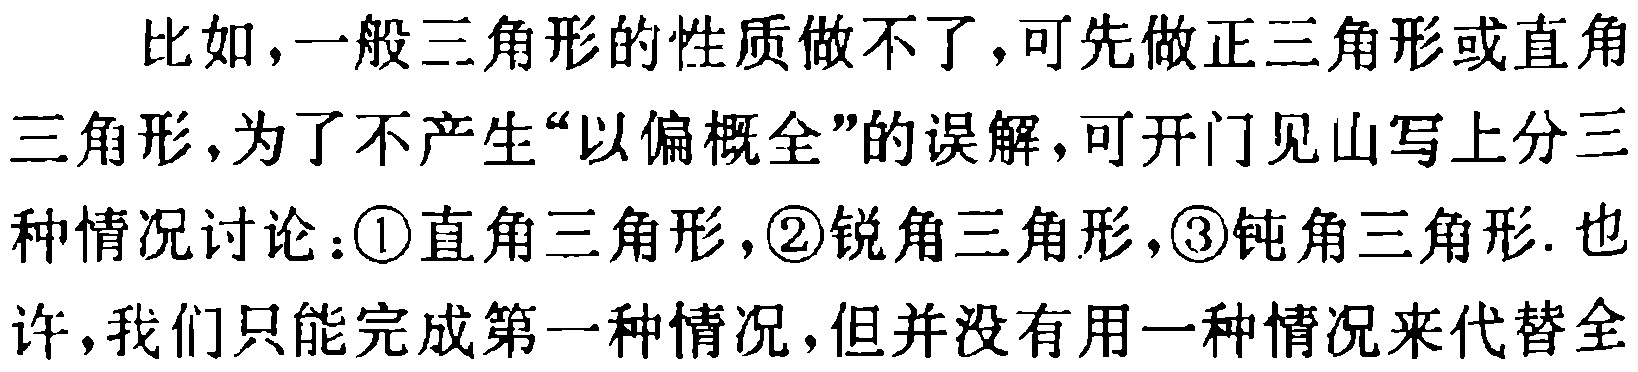
比如，一般三角形的性质做不了，可先做正三角形或直角
三角形，为了不产生“以偏概全”的误解，可开门见山写上分三
种情况讨论：\textcircled{1}直角三角形，\textcircled{2}锐角三角形，\textcircled{3}钝角三角形. 也
许，我们只能完成第一种情况，但并没有用一种情况来代替全